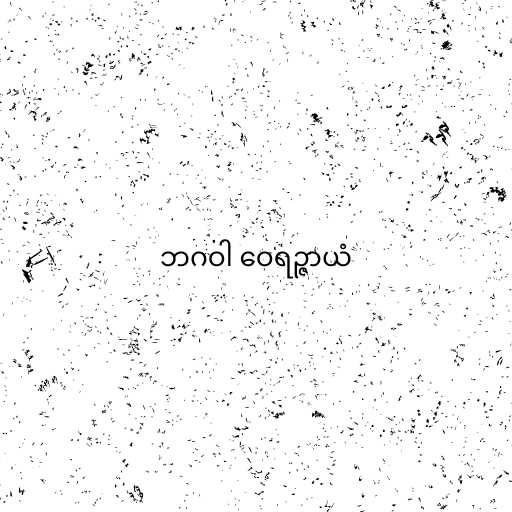
ဘဂဝါ ဝေရဉ္ဇာယံ